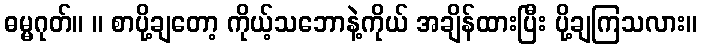
ဓမ္မဂုတ်။ ။ စာပို့ချတော့ ကိုယ့်သဘောနဲ့ကိုယ် အချိန်ထားပြီး ပို့ချကြသလား။